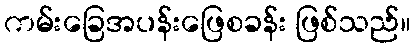
ကမ်းခြေအပန်းဖြေစခန်း ဖြစ်သည်။